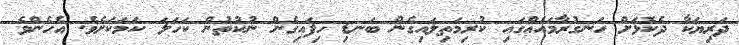
ދަރިޔަކާ ދެކޮޅަށް ހަނގުރާމައެއްގައި ކުރިމަތިލައިގެން ބަނޑި ހިފައިގެން ނުކުތުން ކަހަލަ ކަމަކަށެވެ. އެހެންވެ